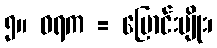
၅။ ဝရက = ပြောင်းမျိုး၊